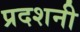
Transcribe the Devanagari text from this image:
प्रदशनी